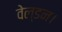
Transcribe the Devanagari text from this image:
वेल्डन।